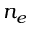
n _ { e }